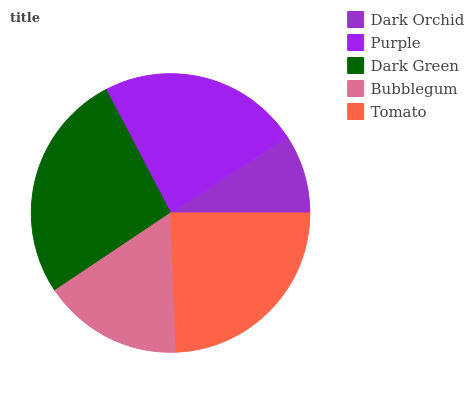
| Dark Orchid | Purple | Dark Green | Bubblegum | Tomato |
 | --- | --- | --- | --- | --- |
 | 9.21% | 23.4% | 26.8% | 16.2% | 24.4% |